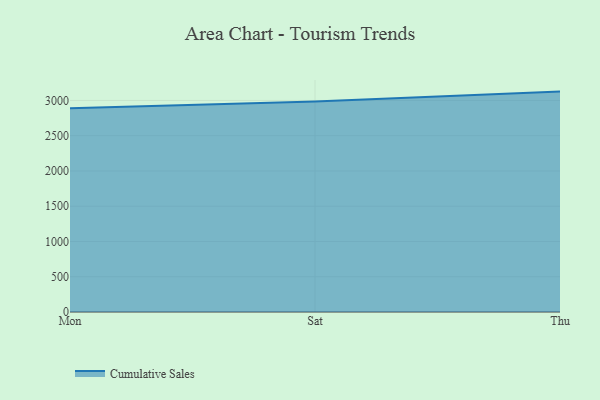
{"axis": {"x": "Day", "y": "Revenue (USD Million)"}, "legend": ["Cumulative Sales"], "data": [{"x": "Mon", "y": 2890.2, "type": "Cumulative Sales"}, {"x": "Sat", "y": 2983.5, "type": "Cumulative Sales"}, {"x": "Thu", "y": 3125.4, "type": "Cumulative Sales"}]}